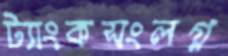
ট্যাংকসংলগ্ন